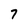
Character: 7